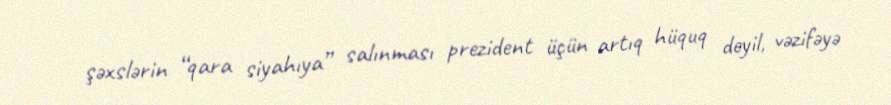
şəxslərin “qara siyahıya” salınması prezident üçün artıq hüquq deyil, vəzifəyə